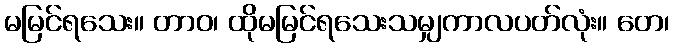
မမြင်ရသေး။ တာဝ၊ ထိုမမြင်ရသေးသမျှကာလပတ်လုံး။ တေ၊